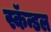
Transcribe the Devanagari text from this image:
स्कॅन्डल